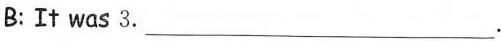
B:It was 3.___.